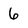
Character: 6